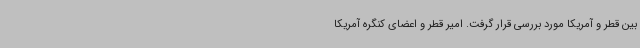
بین قطر و آمریکا مورد بررسی قرار گرفت. امیر قطر و اعضای کنگره آمریکا